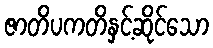
ဇာတိပကတိနှင့်ဆိုင်သော